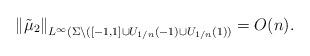
LaTeX: \begin{align*}\left\Vert \tilde{\mu}_2 \right\Vert_{L^\infty (\Sigma \backslash ([-1,1]\cup U_{1/n}(-1) \cup U_{1/n}(1))} = O(n).\end{align*}